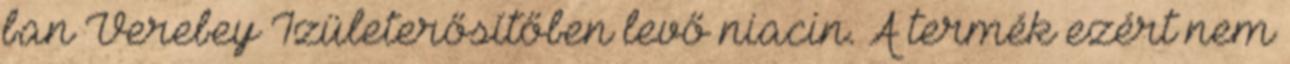
ban Verebey Ízületerősítőben levő niacin. A termék ezért nem